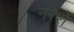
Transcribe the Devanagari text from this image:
नरेशें